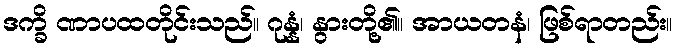
ဒက္ခိ ဏာပထတိုင်းသည်။ ဂုန္နံ၊ နွားတို့၏။ အာယတနံ၊ ဖြစ်ရာတည်း။